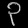
Digit: ၃